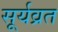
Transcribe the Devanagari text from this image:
सूर्यव्रत